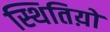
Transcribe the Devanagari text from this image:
स्थितिय़ो